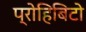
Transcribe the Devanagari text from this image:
प्रोहिबिटो